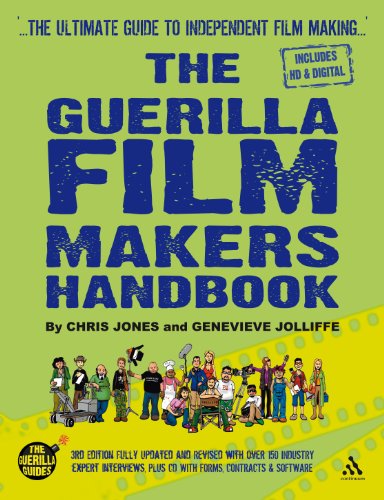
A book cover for Guerilla Film Makers Handbook 3e; Chris Jones; Humor & Entertainment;